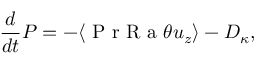
\frac { d } { d t } P = - \langle \mathrm { ~ P ~ r ~ R ~ a ~ } \theta u _ { z } \rangle - D _ { \kappa } ,